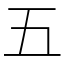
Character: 五